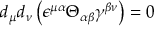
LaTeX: d _ { \mu } d _ { \nu } \left( \epsilon ^ { \mu \alpha } \Theta _ { \alpha \beta } \gamma ^ { \beta \nu } \right) = 0